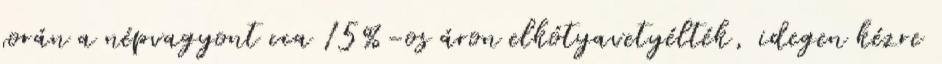
során a népvagyont cca 15%-os áron elkótyavetyélték, idegen kézre